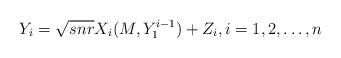
LaTeX: \begin{align*} Y_i=\sqrt{snr} X_i(M, Y_1^{i-1})+Z_i,i=1, 2, \ldots, n\end{align*}